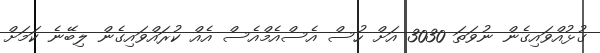
ގުޅުއްވައިގެން ނުވަތަ 3030 އަށް ހުސް އެސްއެމްއެސް އެއް ކުރައްވައިގެން ލިބޭނެ ކަމަށް